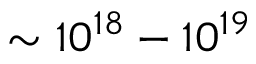
\sim 1 0 ^ { 1 8 } - 1 0 ^ { 1 9 }